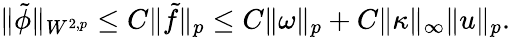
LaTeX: \begin{array}{r}{\| \tilde{\phi}\| _{W^{2,p}}\leq C\| \tilde{f}\| _{p}\leq C\| \omega\| _{p}+C\| \kappa\| _{\infty}\| u\| _{p}.}\end{array}